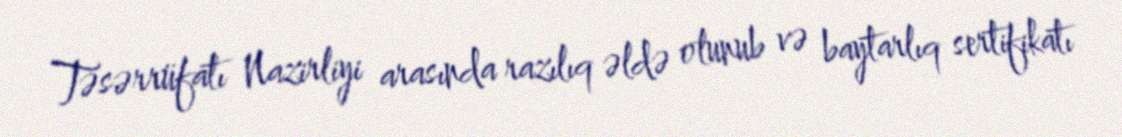
Təsərrüfatı Nazirliyi arasında razılıq əldə olunub və baytarlıq sertifikatı